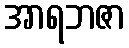
အာရဘဇာ